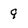
Character: 9